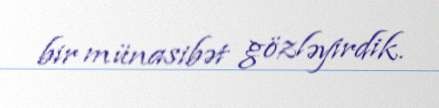
bir münasibət gözləyirdik.